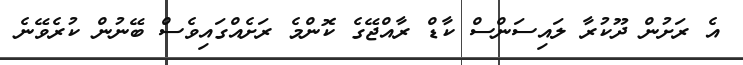
އެ ރަށުން ދޫކުރާ ލައިސަންސް ކާޑް ރާއްޖޭގެ ކޮންމެ ރަށެއްގައިވެސް ބޭނުން ކުރެވޭނެ